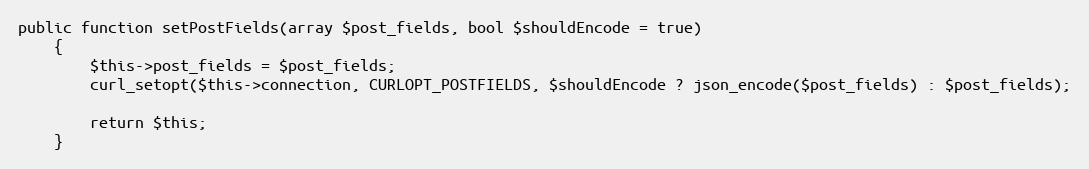
Language: PHP
public function setPostFields(array $post_fields, bool $shouldEncode = true)
    {
        $this->post_fields = $post_fields;
        curl_setopt($this->connection, CURLOPT_POSTFIELDS, $shouldEncode ? json_encode($post_fields) : $post_fields);

        return $this;
    }